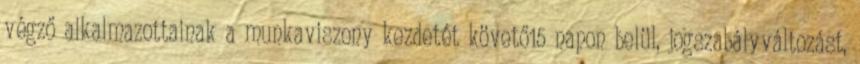
végző alkalmazottainak a munkaviszony kezdetét követő15 napon belül, jogszabályváltozást,